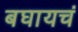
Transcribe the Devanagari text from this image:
बघायचं